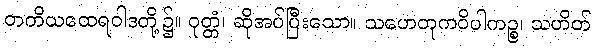
တတိယထေရဝါဒတို့၌။ ဝုတ္တံ၊ ဆိုအပ်ပြီးသော။ သဟေတုကဝိပါကဉ္စ၊ သဟိတ်